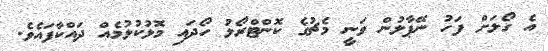
އެ ގޯލަށް ފަހު ނޭޕާލުން ވަނީ މެޗުގެ ކޮންޓްރޯލު ހޯދައި މޮޅުކުޅުމެއް ދައްކާފައެވެ.